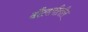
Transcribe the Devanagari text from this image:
दौलतीतील